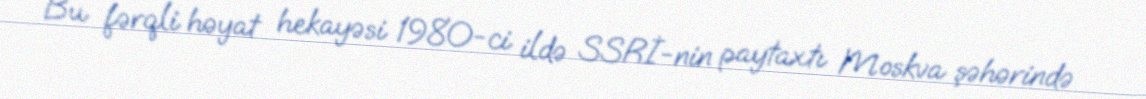
Bu fərqli həyat hekayəsi 1980-ci ildə SSRİ-nin paytaxtı Moskva şəhərində